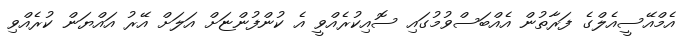
އެމްއޭސީއެލްގެ ފަރާތުން އެއްބަސްވުމުގައި ސޮއިކުރެއްވީ އެ ކުންފުންޏަށް އަލަށް އޭރު އައްޔަން ކުރެއްވި